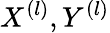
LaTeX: X^{(l)},Y^{(l)}